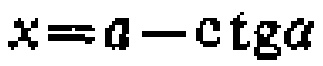
\(x = a - \operatorname{ctg}\alpha\)